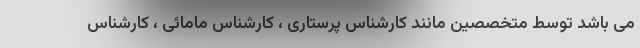
می باشد توسط متخصصین مانند کارشناس پرستاری ، کارشناس مامائی ، کارشناس